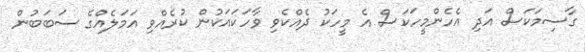
ގާސިމަކަސް އަދި އެހެންމީހަކަސް އެ މީހަކު ދެއްކެވި ވާހަކައަކުން ކުރެއްވި އަމަލެއްގެ ސަބަބުން